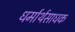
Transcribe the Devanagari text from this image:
धर्मार्थसाधक